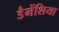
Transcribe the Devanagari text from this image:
डैमेंशिया